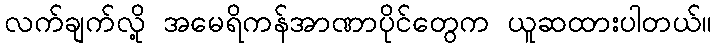
လက်ချက်လို့ အမေရိကန်အာဏာပိုင်တွေက ယူဆထားပါတယ်။